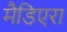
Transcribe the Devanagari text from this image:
मैडिएरा